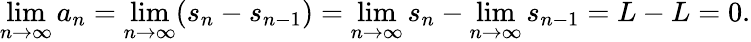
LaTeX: \operatorname*{lim}_{n\to\infty}a_{n}=\operatorname*{lim}_{n\to\infty}(s_{n}-s_{n-1})=\operatorname*{lim}_{n\to\infty}s_{n}-\operatorname*{lim}_{n\to\infty}s_{n-1}=L-L=0.